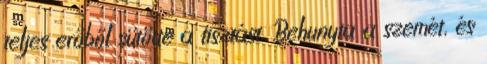
teljes erőből sütötte a tisztást. Behunyta a szemét, és